Parnu_Linna_Vaeslastekohus, lk 3
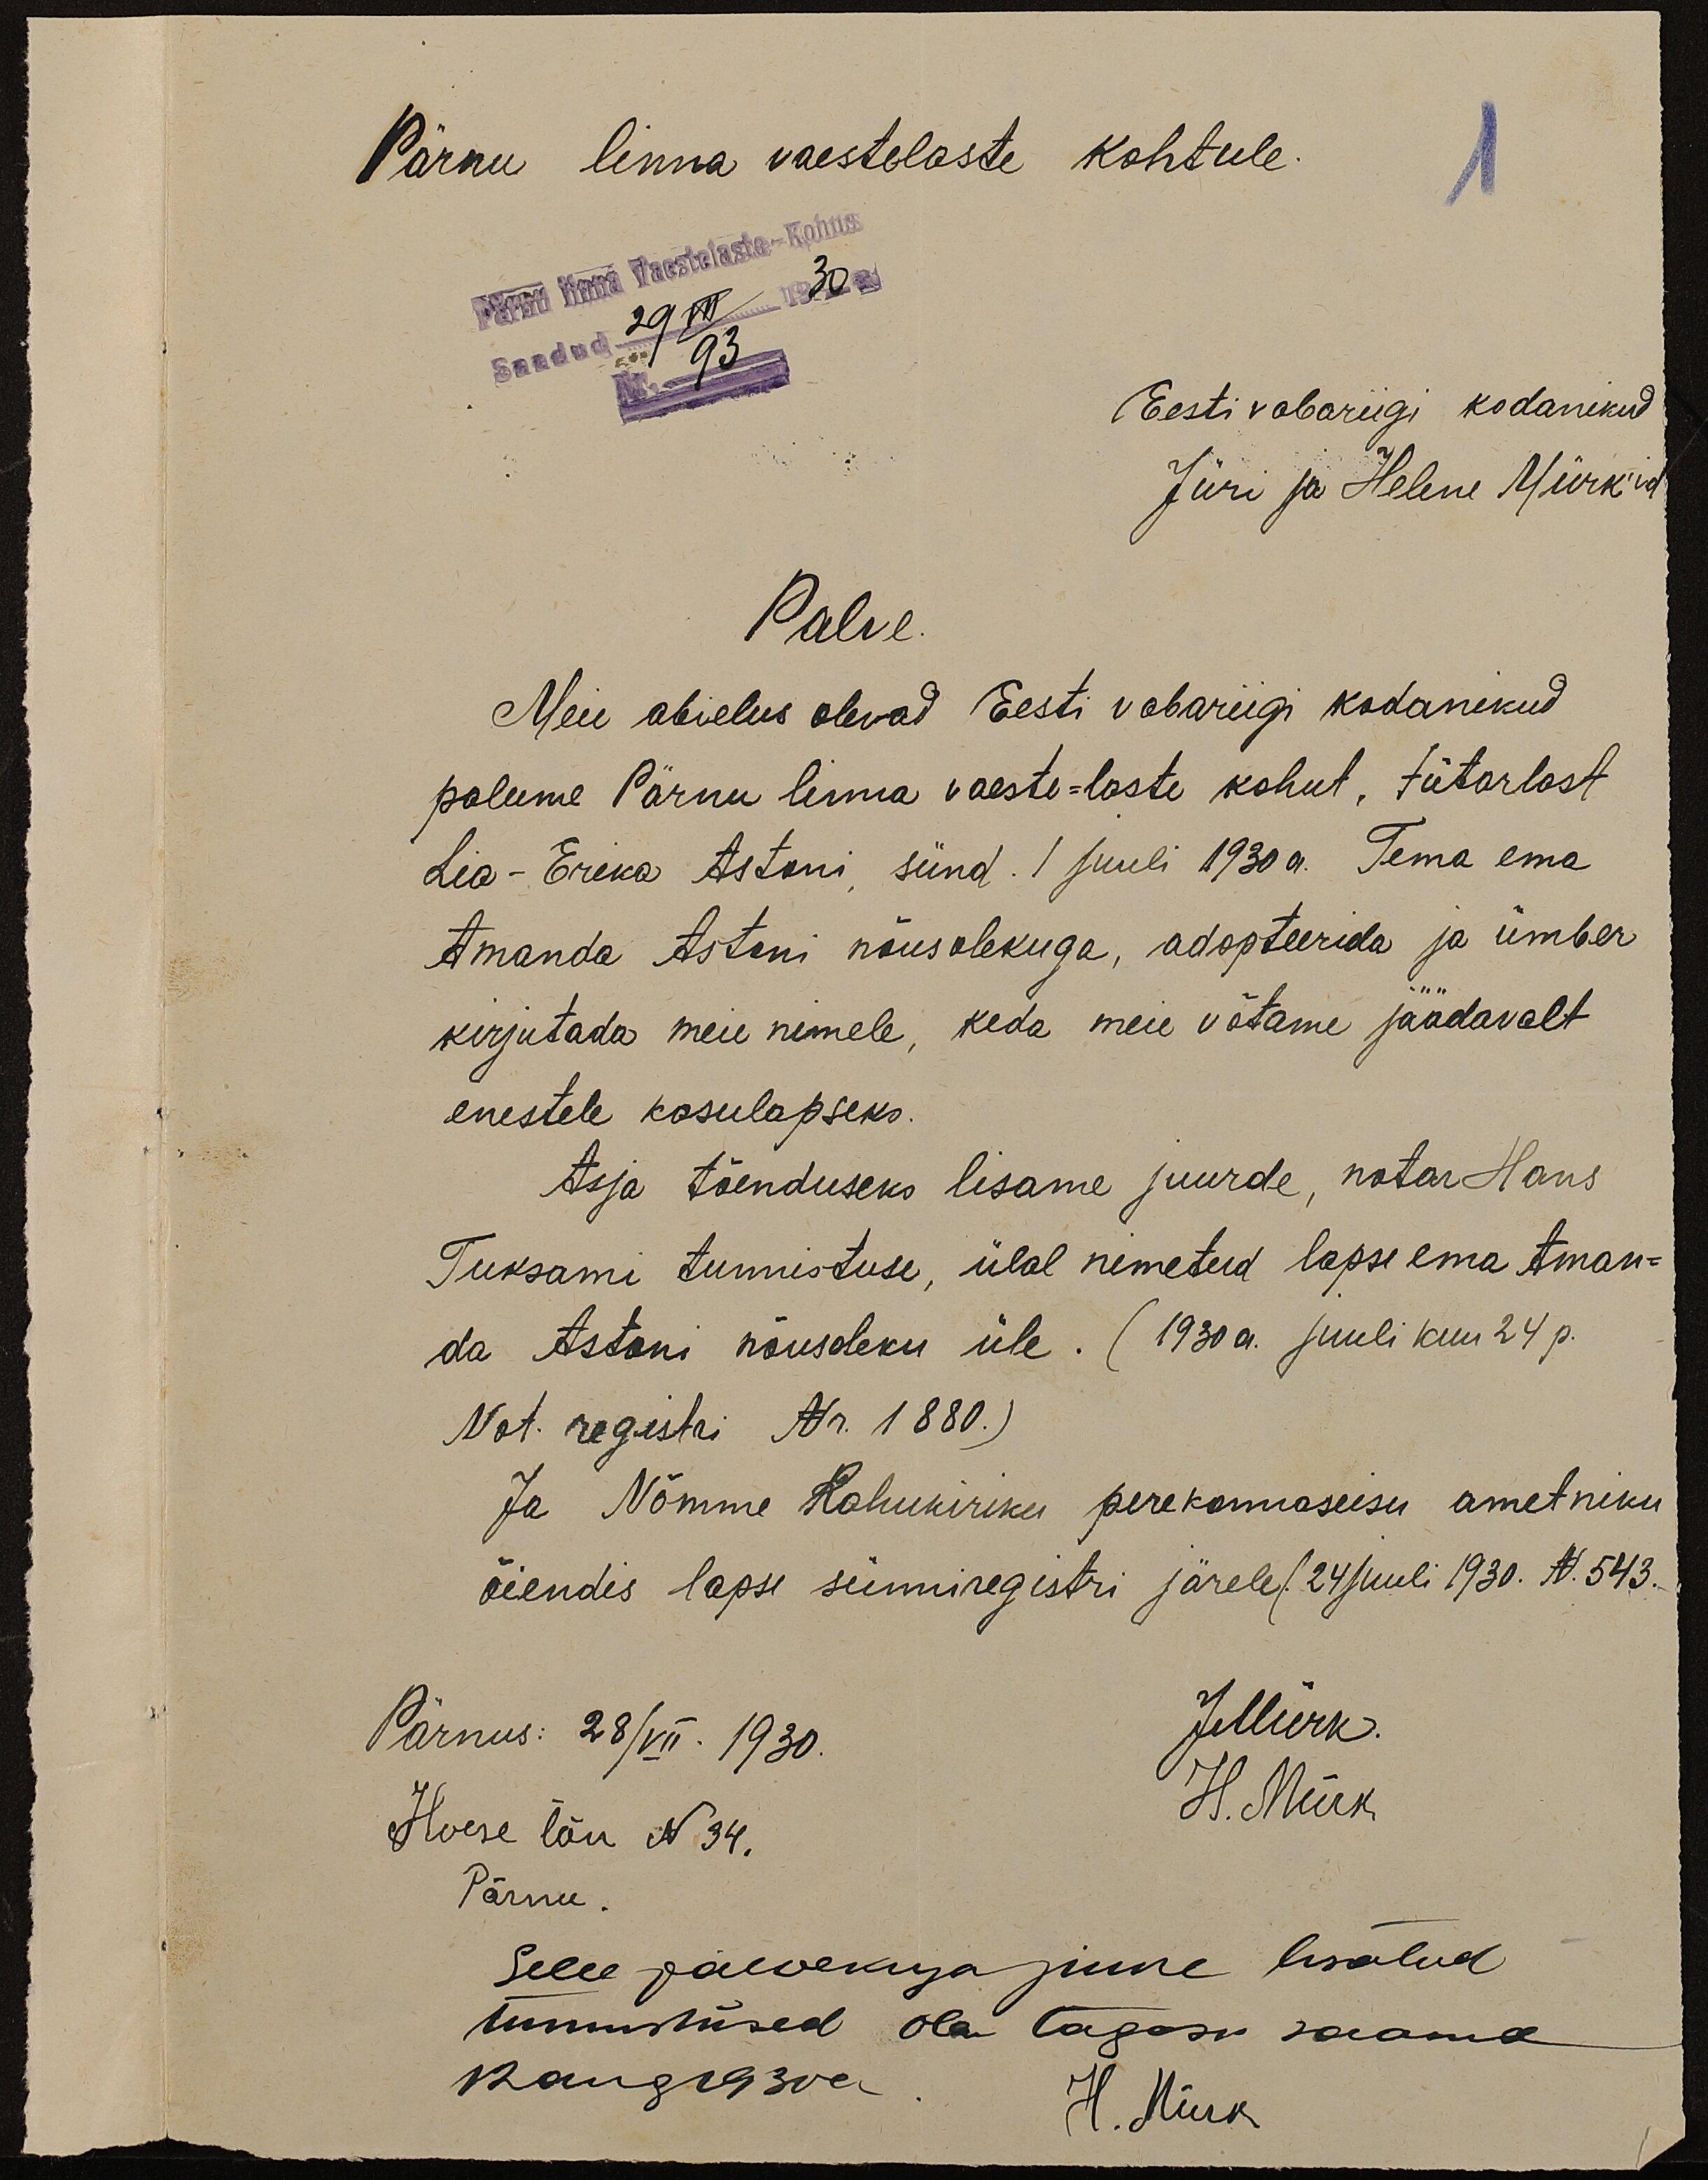
Pärnu linna vaestelaste kohtule.
1
Pärnu linna Vaestelaste-Kohus
Saadud 29 VII 1930
Nr. 93
Eesti vabariigi kodanikud
Jüri ja Helene Mürk'id
Palve
Meie abielus olevad Eesti vabariigi kodanikud
palume Pärnu linna vaeste-laste kohut, tütarlast
Lia-Erika Astoni sünd. 1 juuli 1930 a. Tema ema
Amanda Astoni nõusolekuga, adopteerida ja ümber
kirjutada meie nimele, keda meie võtame jäädavalt
enestele kasulapseks.
Asja tõenduseks lisame juurde, notar Hans
Tuksami tunnistuse, ülal nimetud lapse ema Aman-
da Astoni nõusoleku üle. (1930 a. juuli kuu 24 p.
Not registri Nr. 1880.)
Ja Nõmme Rahukiriku perekonnaseisu ametniku
õiendis lapse sünniregistri järele / 24 juuli 1930. N. 543.
Pärnus: 28/VII. 1930.
JMürk
Hoese tän N 34.
H. Mürk
Pärnu.
Selle palvekirja juure lisatud
tunnistused olen tagasi saanud
12 aug 1930 a
H. Mürk